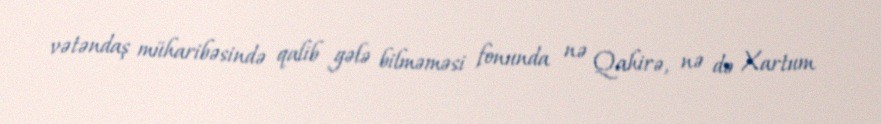
vətəndaş müharibəsində qalib gələ bilməməsi fonunda nə Qahirə, nə də Xartum